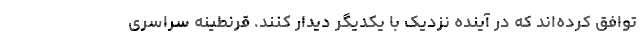
توافق کرده‌اند که در آینده نزدیک با یکدیگر دیدار کنند. قرنطینه سراسری